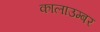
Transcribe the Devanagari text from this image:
कालाउम्बर